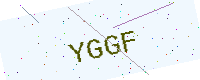
Text: YGGF